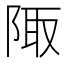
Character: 陬